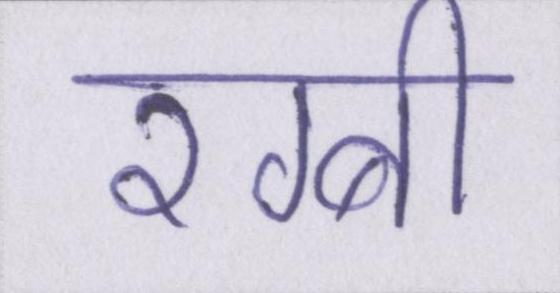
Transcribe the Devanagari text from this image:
रग्बी